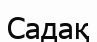
Садақ